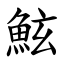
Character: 鮌